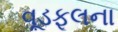
વૂડફૂલના